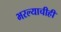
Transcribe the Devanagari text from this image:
भरल्याचीही